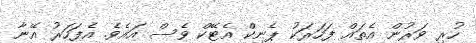
ހުރި ވަރުން އެތައް ފަހަރަކު ޕެނިކް އެޓޭކް ވެސް އައެވެ. އެފަހަރު އޭނާ